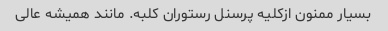
بسیار ممنون ازکلیه پرسنل رستوران کلبه. مانند همیشه عالی